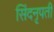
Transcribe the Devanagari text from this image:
सिंदनृपती